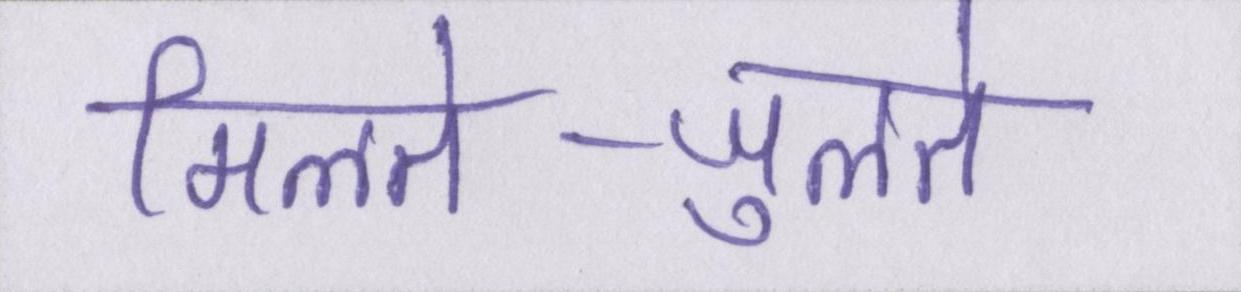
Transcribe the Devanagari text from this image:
मिलते-जुलते